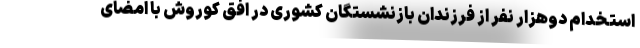
استخدام دوهزار نفر از فرزندان بازنشستگان کشوری در افق کوروش با امضای